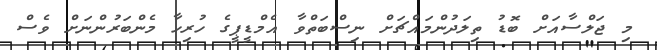
މި ޖަލްސާއަށް ބޮޑު ތިލަދުންމައްޗަށް ނިސްބަތްވާ އެމްޑީޕީގެ ހުރިހާ މެންބަރުންނަށް ވެސް